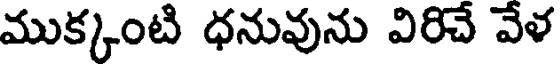
ముక్కంటి ధనువును విరిచే వేళ